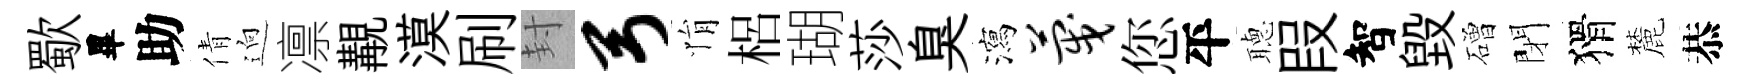
歜畢助倩逈凛覯漠刷封弓悁梠瑚莎臭瀉蔑您平𦗟叚智毁磳閉猾麓恭